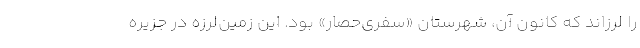
را لرزاند که کانون آن، شهرستان «سفری‌حصار» بود. این زمین‌لرزه در جزیره